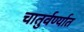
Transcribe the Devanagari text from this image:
चातुर्वर्ण्यात